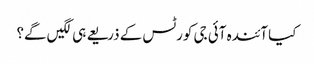
کیا آئندہ آئی جی کورٹس کے ذریعے ہی لگیں گے؟